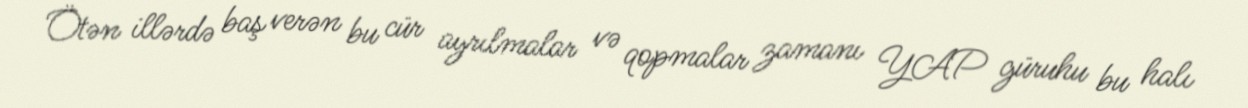
Ötən illərdə baş verən bu cür ayrılmalar və qopmalar zamanı YAP güruhu bu halı